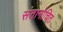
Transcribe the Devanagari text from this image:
संतानोचित